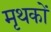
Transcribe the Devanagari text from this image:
मृथकों